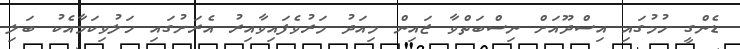
ޑެންގީ ހުމުގައި އިސްދޫއަށް ނިސްބަތްވާ ޒައިން މިއަދު މަރުވެފައިވާއިރު އެރަށުގައި ހަލުވިކަމާއެކު ބަލި